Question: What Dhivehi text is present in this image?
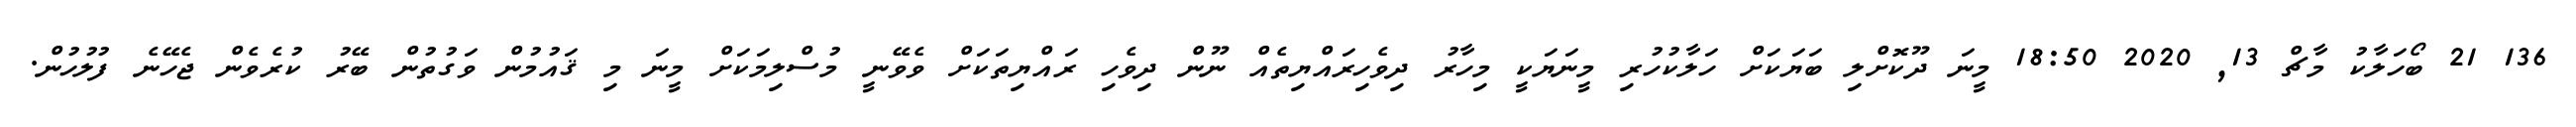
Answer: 136 21 ބޯހަލާކު މާޗް 13, 2020 18:50 މީނަ ދޫކޮށްލި ބަޔަކަށް ހަލާކުހުރި މީނަޔަކީ މިހާރު ދިވެހިރައްޔިތެއް ނޫން ދިވެހި ރައްޔިތަކަށް ވެވޭނީ މުސްލިމަކަށް މީނަ މި ޤައުމުން ވަގުތުން ބޭރު ކުރެވެން ޖެހޭނެ ފުލުހުން.